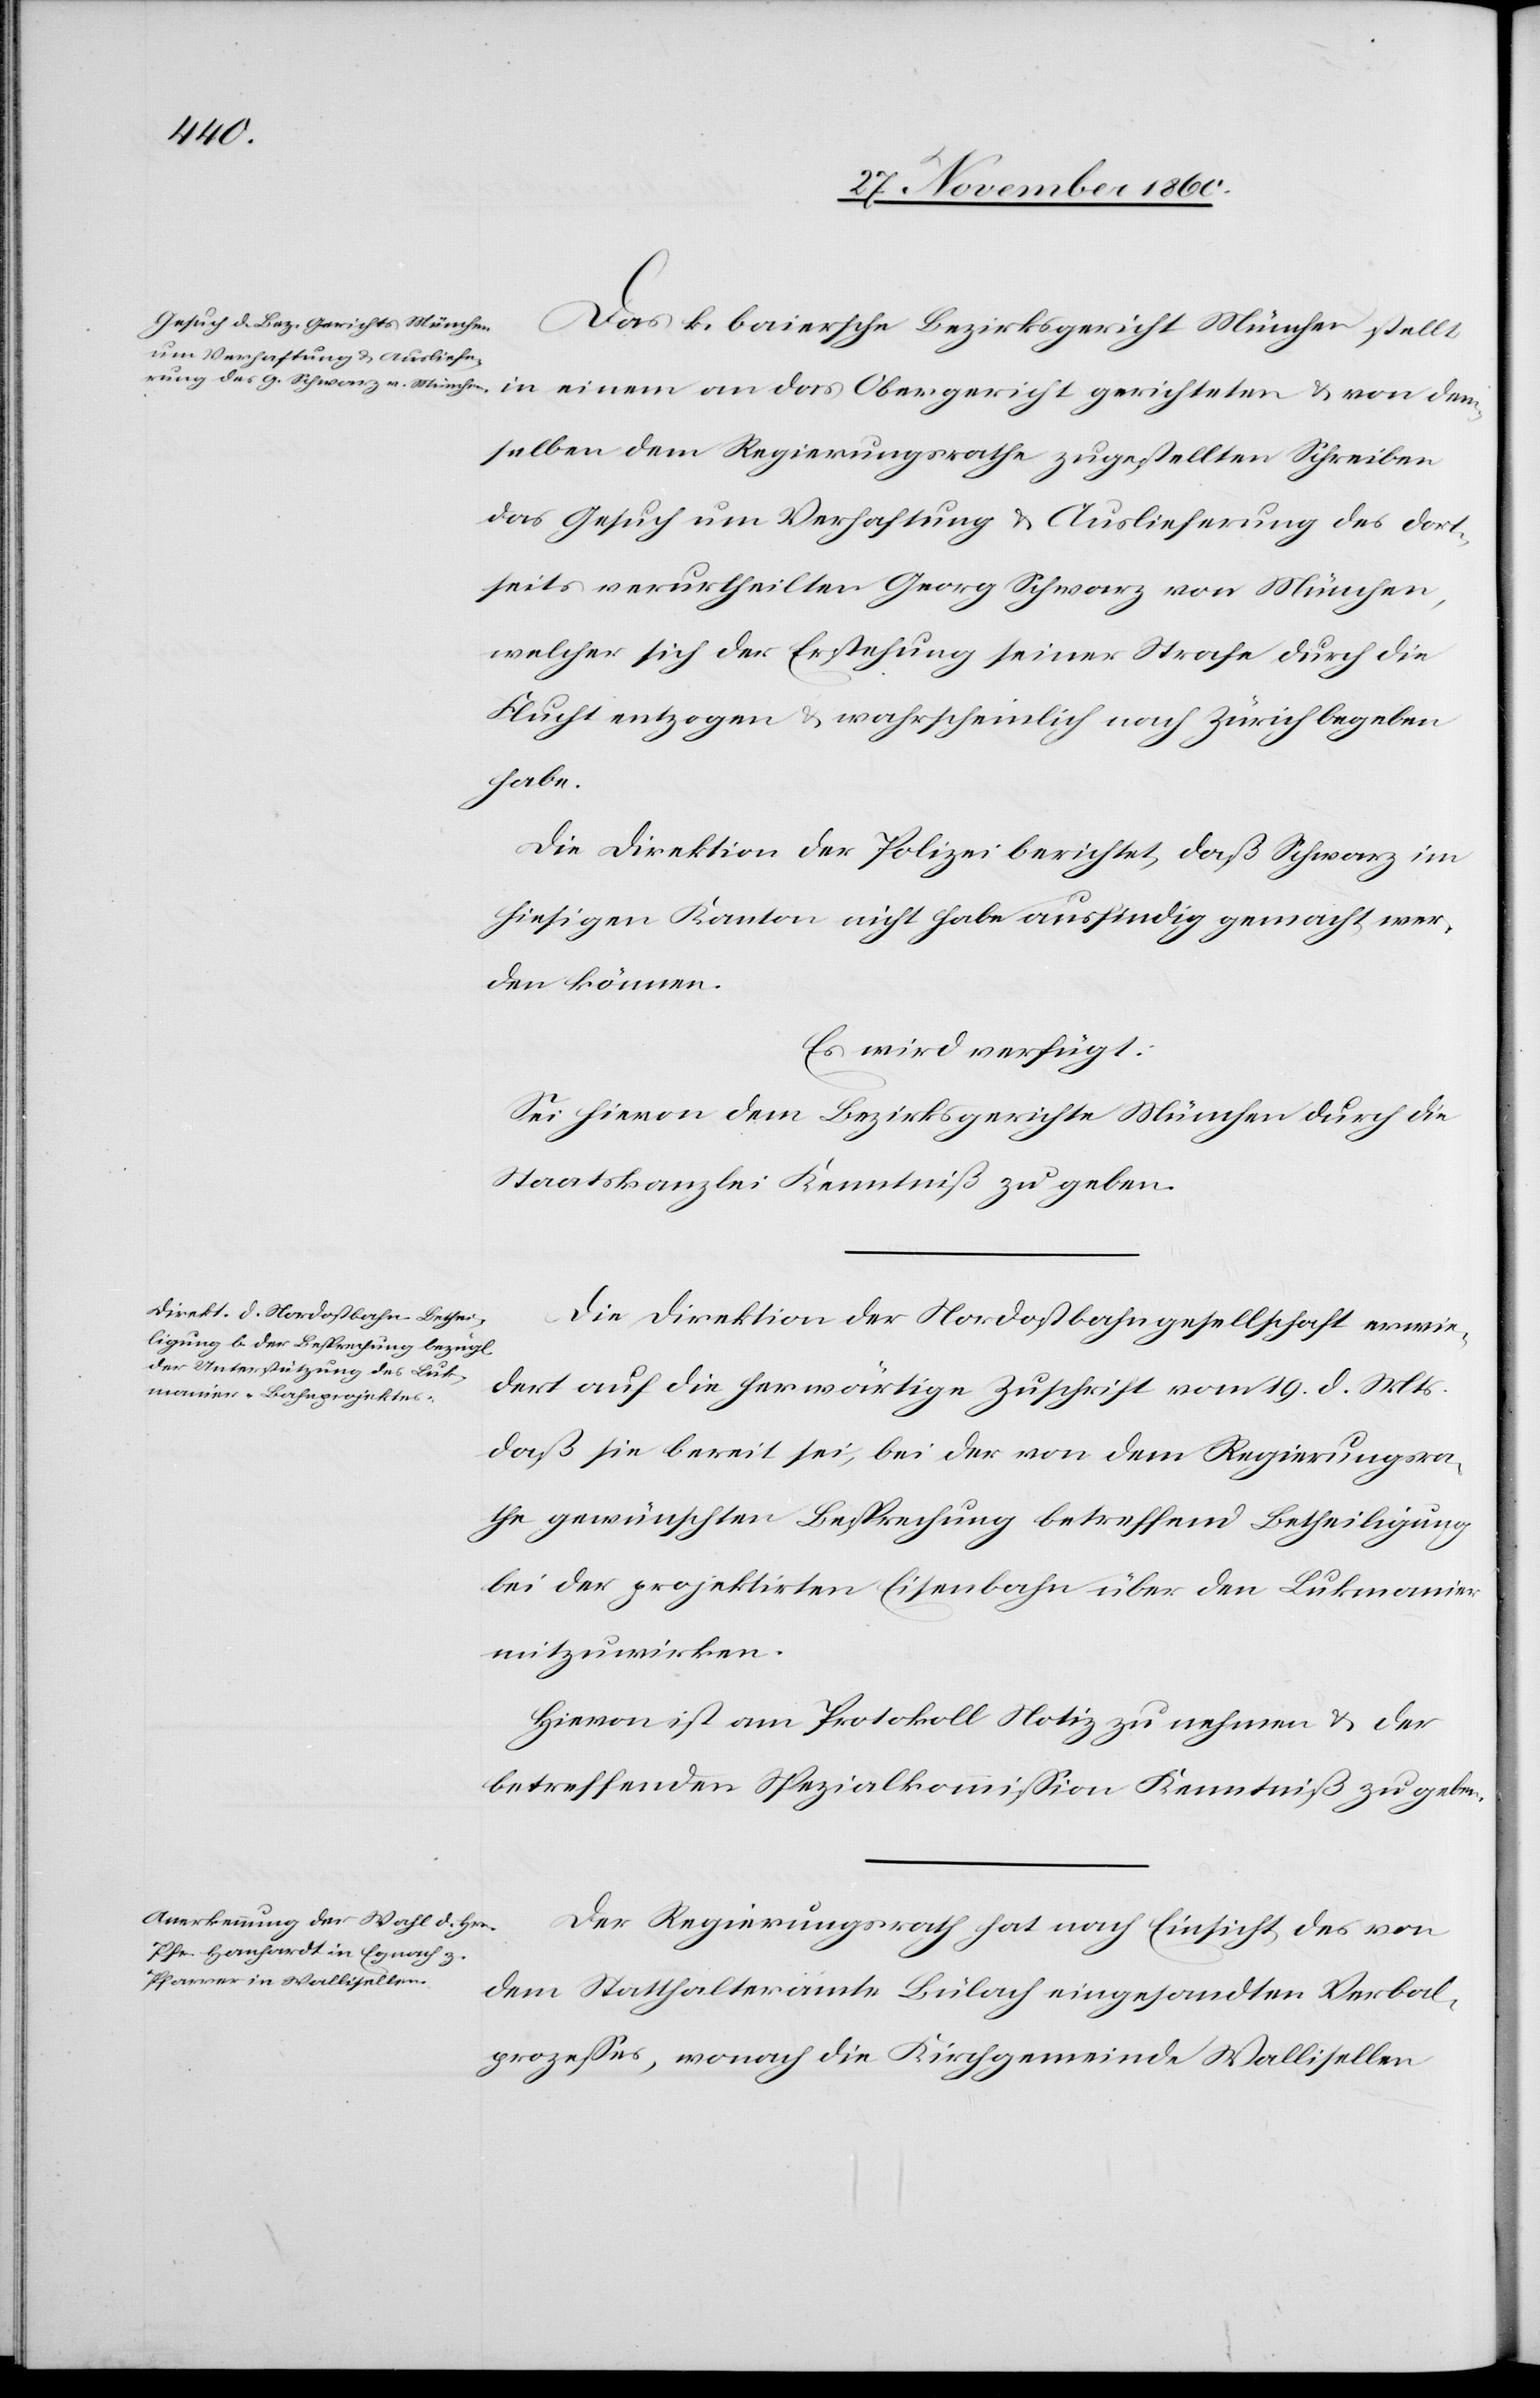
Das k. baiersche Bezirksgericht München stellt
Es wird
selben dem Regierungsrathe zugestellten Schreiben
das Gesuch um Verhaftung u. Auslieferung des dort¬
seits verurtheilten Georg Schwarz von München,
welcher sich der Erstehung seiner Strafe durch die
Flucht entzogen u. wahrscheinlich nach Zürich begeben
habe.
Die Direktion der Polizei berichtet, daß Schwarz im
hiesigen Kanton nicht habe ausfindig gemacht wer¬
den können.
Sei hievon dem Bezirksgerichte München durch die
Staatskanzlei Kenntniß zu geben.
Die Direktion der Nordostbahngesellschaft erwie¬
teten u. von dem¬
dert auf die herwärtige Zuschrift vom 19. d. Mts.
daß sie bereit sei, bei der von dem Regierungsra¬
the gewünschten Besprechung betreffend Betheiligung
bei der projektirten Eisenbahn über den Lukmanier
mitzuwirken.
Hievon ist am Protokoll Notiz zu nehmen u. der
betreffenden Spezialkommission Kenntniß zu geben.
Der Regierungsrath hat nach Einsicht des von
dem Statthalteramte Bülach eingesandten Verbal¬
prozesses, wonach die Kirchgemeinde Wallisellen